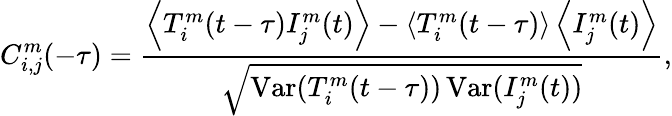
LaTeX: C_{i,j}^{m}(-\tau)=\frac{\left\langle T_{i}^{m}(t-\tau)I_{j}^{m}(t)\right\rangle-\left\langle T_{i}^{m}(t-\tau)\right\rangle\left\langle I_{j}^{m}(t)\right\rangle}{\sqrt{\operatorname{Var}(T_{i}^{m}(t-\tau))\operatorname{Var}(I_{j}^{m}(t))}},